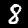
Label: 8